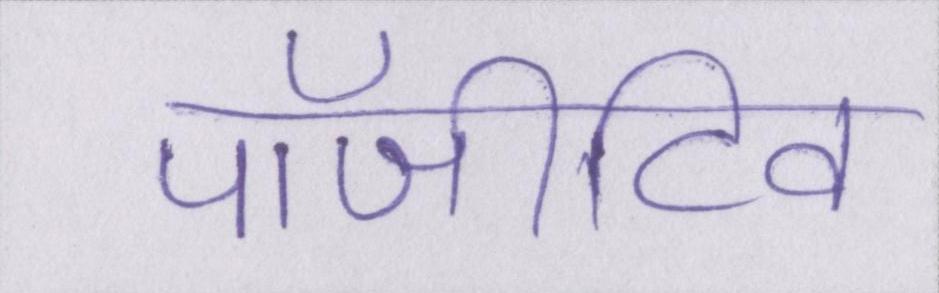
पॉजीटिव